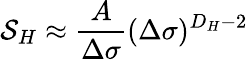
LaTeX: {\cal S}_{H}\approx{\frac{A}{\Delta\sigma}}(\Delta\sigma)^{D_{H}-2}